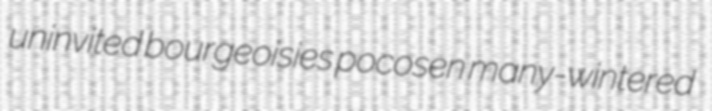
uninvited bourgeoisies pocosen many-wintered